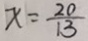
x = \frac { 2 0 } { 1 3 }